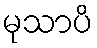
မုသာပိ